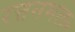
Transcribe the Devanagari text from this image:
रत्तनमल